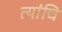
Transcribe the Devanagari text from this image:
त्यांचि